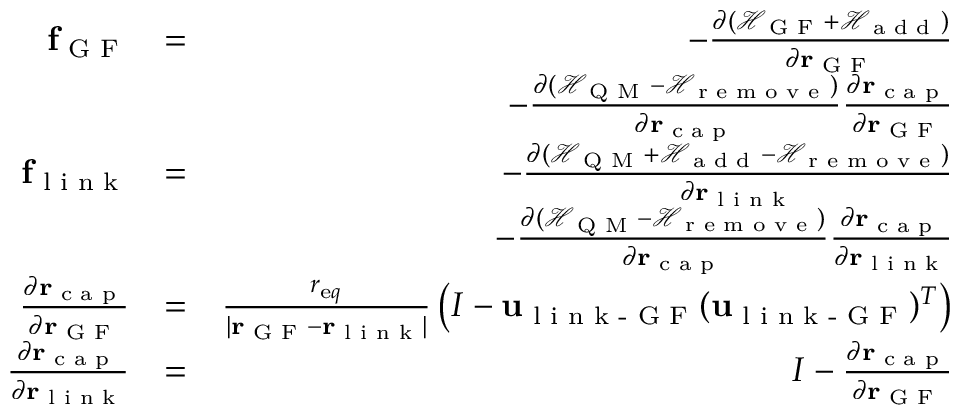
\begin{array} { r l r } { { \bf f } _ { \textrm { G F } } } & { = } & { - \frac { \partial ( \mathscr { H } _ { \textrm { G F } } + \mathscr { H } _ { \textrm { a d d } } ) } { \partial { \bf r } _ { \textrm { G F } } } } \\ & { } & { - \frac { \partial ( \mathscr { H } _ { \textrm { Q M } } - \mathscr { H } _ { \textrm { r e m o v e } } ) } { \partial { \bf r } _ { \textrm { c a p } } } \frac { \partial { \bf r } _ { \textrm { c a p } } } { \partial { \bf r } _ { \textrm { G F } } } } \\ { { \bf f } _ { \textrm { l i n k } } } & { = } & { - \frac { \partial ( \mathscr { H } _ { \textrm { Q M } } + \mathscr { H } _ { \textrm { a d d } } - \mathscr { H } _ { \textrm { r e m o v e } } ) } { \partial { \bf r } _ { \textrm { l i n k } } } } \\ & { } & { - \frac { \partial ( \mathscr { H } _ { \textrm { Q M } } - \mathscr { H } _ { \textrm { r e m o v e } } ) } { \partial { \bf r } _ { \textrm { c a p } } } \frac { \partial { \bf r } _ { \textrm { c a p } } } { \partial { \bf r } _ { \textrm { l i n k } } } } \\ { \frac { \partial { \bf r } _ { \textrm { c a p } } } { \partial { \bf r } _ { \textrm { G F } } } } & { = } & { \frac { r _ { { \textrm e q } } } { | { \bf r } _ { \textrm { G F } } - { \bf r } _ { \textrm { l i n k } } | } \left( I - { \bf u } _ { \textrm { l i n k - G F } } ( { \bf u } _ { \textrm { l i n k - G F } } ) ^ { T } \right) } \\ { \frac { \partial { \bf r } _ { \textrm { c a p } } } { \partial { \bf r } _ { \textrm { l i n k } } } } & { = } & { I - \frac { \partial { \bf r } _ { \textrm { c a p } } } { \partial { \bf r } _ { \textrm { G F } } } } \end{array}